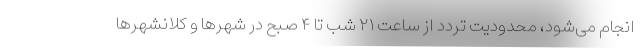
انجام می‌شود، محدودیت تردد از ساعت ۲۱ شب تا ۴ صبح در شهرها و کلانشهرها